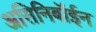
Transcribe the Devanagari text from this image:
असिनिबॉईन